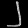
Digit: ၂